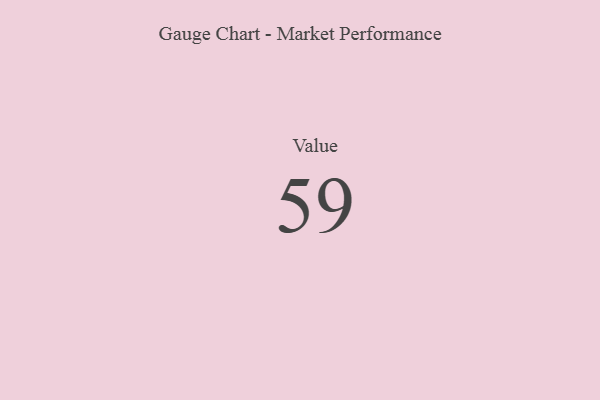
{"axis": {"x": "Metric", "y": "Value"}, "legend": [""], "data": [{"x": "Value", "y": 59, "type": ""}]}